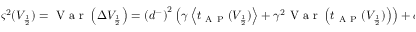
\begin{array} { r } { \varsigma ^ { 2 } ( V _ { \frac { 1 } { 2 } } ) = \mathrm { ~ V ~ a ~ r ~ } \left( \Delta V _ { \frac { 1 } { 2 } } \right) = \left( d ^ { - } \right) ^ { 2 } \left( \gamma \left\langle t _ { \mathrm { ~ A ~ P ~ } } ( V _ { \frac { 1 } { 2 } } ) \right\rangle + \gamma ^ { 2 } \mathrm { ~ V ~ a ~ r ~ } \left( t _ { \mathrm { ~ A ~ P ~ } } ( V _ { \frac { 1 } { 2 } } ) \right) \right) + \sigma ^ { 2 } . } \end{array}